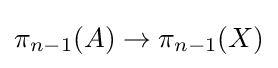
\pi _{n-1}(A)\to \pi _{n-1}(X)